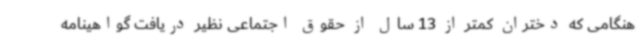
هنگامی که دختران کمتر از 13 سال از حقوق اجتماعی نظیر دریافت گواهینامه